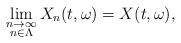
\begin{align*}\lim_{\substack{n\rightarrow\infty \\ n\in\Lambda}} X_n(t,\omega) = X(t,\omega) ,\end{align*}